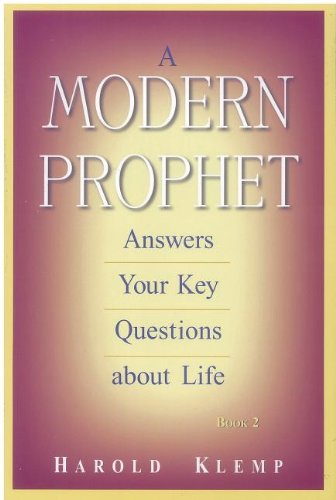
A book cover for A Modern Prophet Answers Your Key Questions About Life: Book 2; Harold Klemp; Religion & Spirituality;